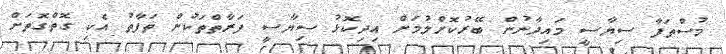
މުސްތަފާ ސިޔާސީ މައިދާނުން ބޭރުކޮށްލުމަށް އިދިކޮޅު ސިޔާސީ ފަރާތްތަކުން ތަފާތު އެކި ގޮތްގޮތަށް